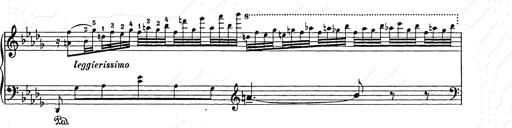
Title: Berceuse
Composer: Lucien Wurmser
Key: A major